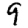
Digit: 9